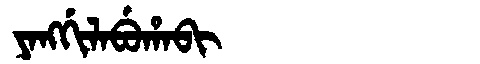
Manchu: ᠶᠠᠩᡤᡳᠯᠠᠪᡠᡥᠠᠪᡳ
Romanization: YANGGILABUHABI